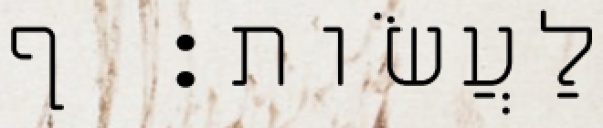
לַעֲשֹׂות׃ ף